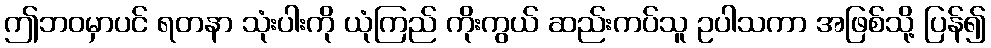
ဤဘဝမှာပင် ရတနာ သုံးပါးကို ယုံကြည် ကိုးကွယ် ဆည်းကပ်သူ ဥပါသကာ အဖြစ်သို့ ပြန်၍